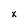
Character: x